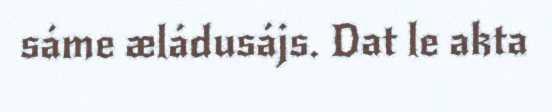
sáme æládusájs. Dat le akta